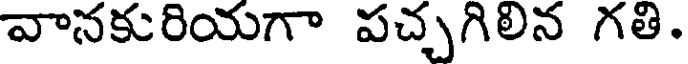
వానకురియగా పచ్చగిలిన గతి.